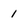
Character: 1